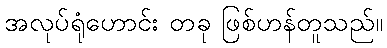
အလုပ်ရုံဟောင်း တခု ဖြစ်ဟန်တူသည်။